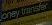
oney